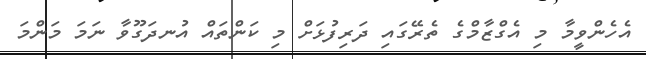
އެހެންވީމާ މި އެގްޒާމްގެ ތެރޭގައި ދަރިފުޅަށް މި ކަންތައް އުނދަގޫވާ ނަމަ މަންމަ